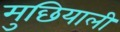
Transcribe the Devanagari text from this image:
मुछियाली